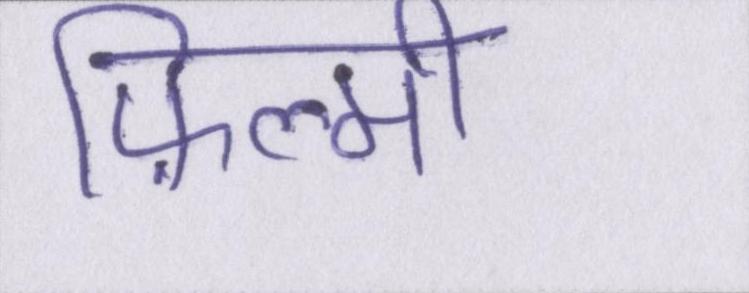
फ़िल्मी